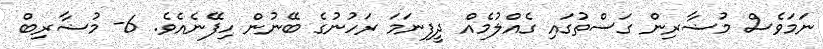
ނަމަވެސް މުޟާރިން ގަސްތުގައި ގެއްލުމެއް ދީފިނަމަ ރަހުނުގެ ބޭނުން ހިފޭނެއެވެ. 6- މުޟާރިބް